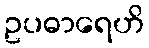
ဥပဓာရေဟိ